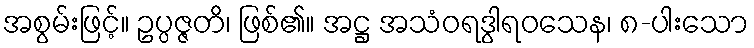
အစွမ်းဖြင့်။ ဥပ္ပဇ္ဇတိ၊ ဖြစ်၏။ အဋ္ဌ အသံဝရဒွါရဝသေန၊ ၈-ပါးသော